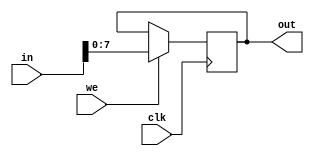
module outPort(in,we,clk,out);

input [9:0]in;
input we;
input clk;

output [7:0]out;

reg [7:0]out;

initial begin
	out=0;
end

always @(negedge clk) begin
	if(we) begin
		out=in[7:0];
	end
end

endmodule